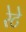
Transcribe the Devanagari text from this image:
रेटे